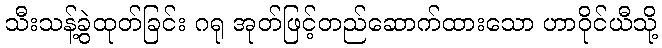
သီးသန့်ခွဲထုတ်ခြင်း ဂရု အုတ်ဖြင့်တည်ဆောက်ထားသော ဟာဝိုင်ယီသို့